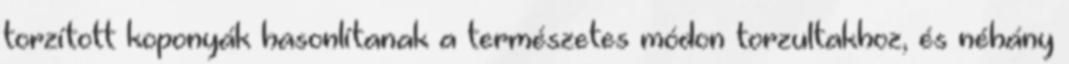
torzított koponyák hasonlítanak a természetes módon torzultakhoz, és néhány